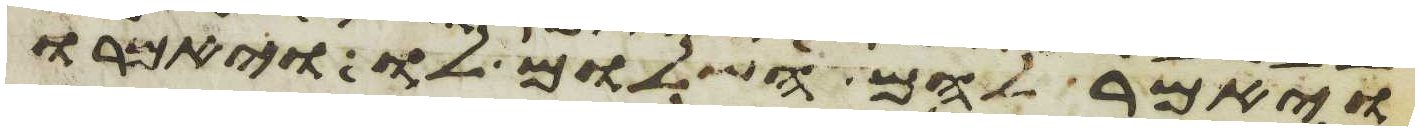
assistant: ויאמר להם השלום לו ויאמרו